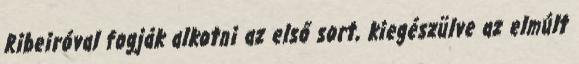
Ribeiróval fogják alkotni az első sort, kiegészülve az elmúlt